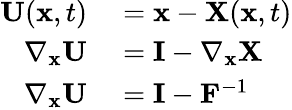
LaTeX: \begin{array}{rl}{\mathbf{U}(\mathbf{x},t)}&{{}=\mathbf{x}-\mathbf{X}(\mathbf{x},t)}\\ {\nabla_{\mathbf{x}}\mathbf{U}}&{{}=\mathbf{I}-\nabla_{\mathbf{x}}\mathbf{X}}\\ {\nabla_{\mathbf{x}}\mathbf{U}}&{{}=\mathbf{I}-\mathbf{F}^{-1}}\end{array}